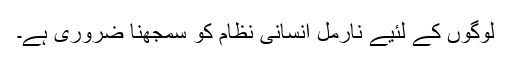
لوگوں‌ کے لئیے نارمل انسانی نظام کو سمجھنا ضروری ہے۔